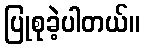
ပြုစုခဲ့ပါတယ်။